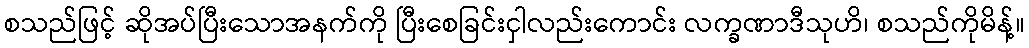
စသည်ဖြင့် ဆိုအပ်ပြီးသောအနက်ကို ပြီးစေခြင်းငှါလည်းကောင်း လက္ခဏာဒီသုဟိ၊ စသည်ကိုမိန့်။